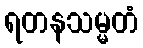
ရတနသမ္မတံ